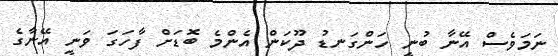
ނަމަވެސް އޭނާ ބުނީ ހަންގަނޑު ދޫކަން އެންމެ ބޮޑަށް ފާހަގަ ވަނީ އޭނާގެ